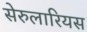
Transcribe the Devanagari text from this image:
सेरुलारियस